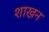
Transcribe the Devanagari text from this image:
शाखन